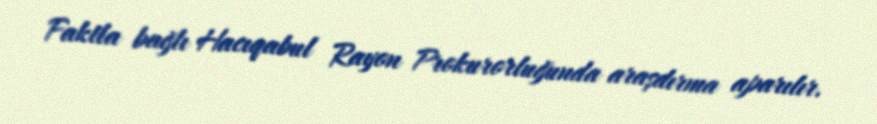
Faktla bağlı Hacıqabul Rayon Prokurorluğunda araşdırma aparılır.